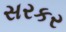
સરકર